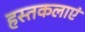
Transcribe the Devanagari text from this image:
हस्तकलाएं